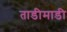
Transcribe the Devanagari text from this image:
ताडीमाडी